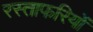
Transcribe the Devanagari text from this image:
रस्ताफरियों